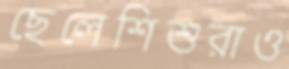
ছেলেশিশুরাও